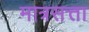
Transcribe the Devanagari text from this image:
मात्रसत्ता